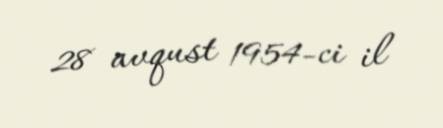
28 avqust 1954-ci il